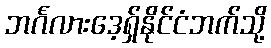
ဘင်္ဂလားဒေ့ရှ်နိုင်ငံဘက်သို့